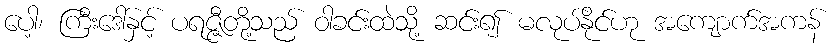
ပေါ့၊ ကြီးဒေါ်နှင့် ပရဇ္ဇီတို့သည် ဝါခင်းထဲသို့ ဆင်း၍ မလုပ်နိုင်ဟု အကျောက်အကန်